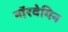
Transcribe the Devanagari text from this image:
नाॅरवेयिन